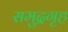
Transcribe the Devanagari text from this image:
समुद्रगृह